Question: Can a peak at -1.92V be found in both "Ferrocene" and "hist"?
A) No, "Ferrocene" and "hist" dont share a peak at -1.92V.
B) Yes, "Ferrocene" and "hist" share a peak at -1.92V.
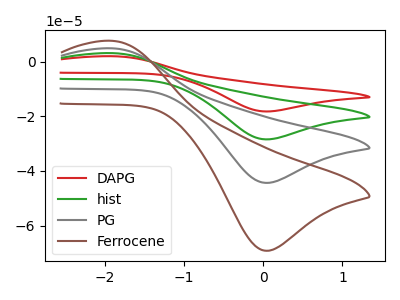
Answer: <think>The red curve "DAPG" has an anodic peak at (-1.90V, 14.75uA) and a cathodic peak at (0.00V, -133.10uA). The green curve "hist" has an anodic peak at (-1.90V, 9.80uA) and a cathodic peak at (0.00V, -88.75uA). The gray curve "PG" has an anodic peak at (-1.90V, 4.90uA) and a cathodic peak at (0.00V, -44.35uA). The brown curve "Ferrocene" has an anodic peak at (-1.90V, 7.65uA) and a cathodic peak at (0.00V, -69.20uA).</think>
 <answer>B) Yes, "Ferrocene" and "hist" share a peak at -1.92V.</answer>
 <eval>B</eval>